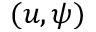
( u , \psi )